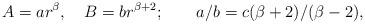
LaTeX: \begin{align*}A=ar^\beta ,\quad B=br^{\beta +2};\qquad a/b=c(\beta +2)/(\beta -2),\end{align*}